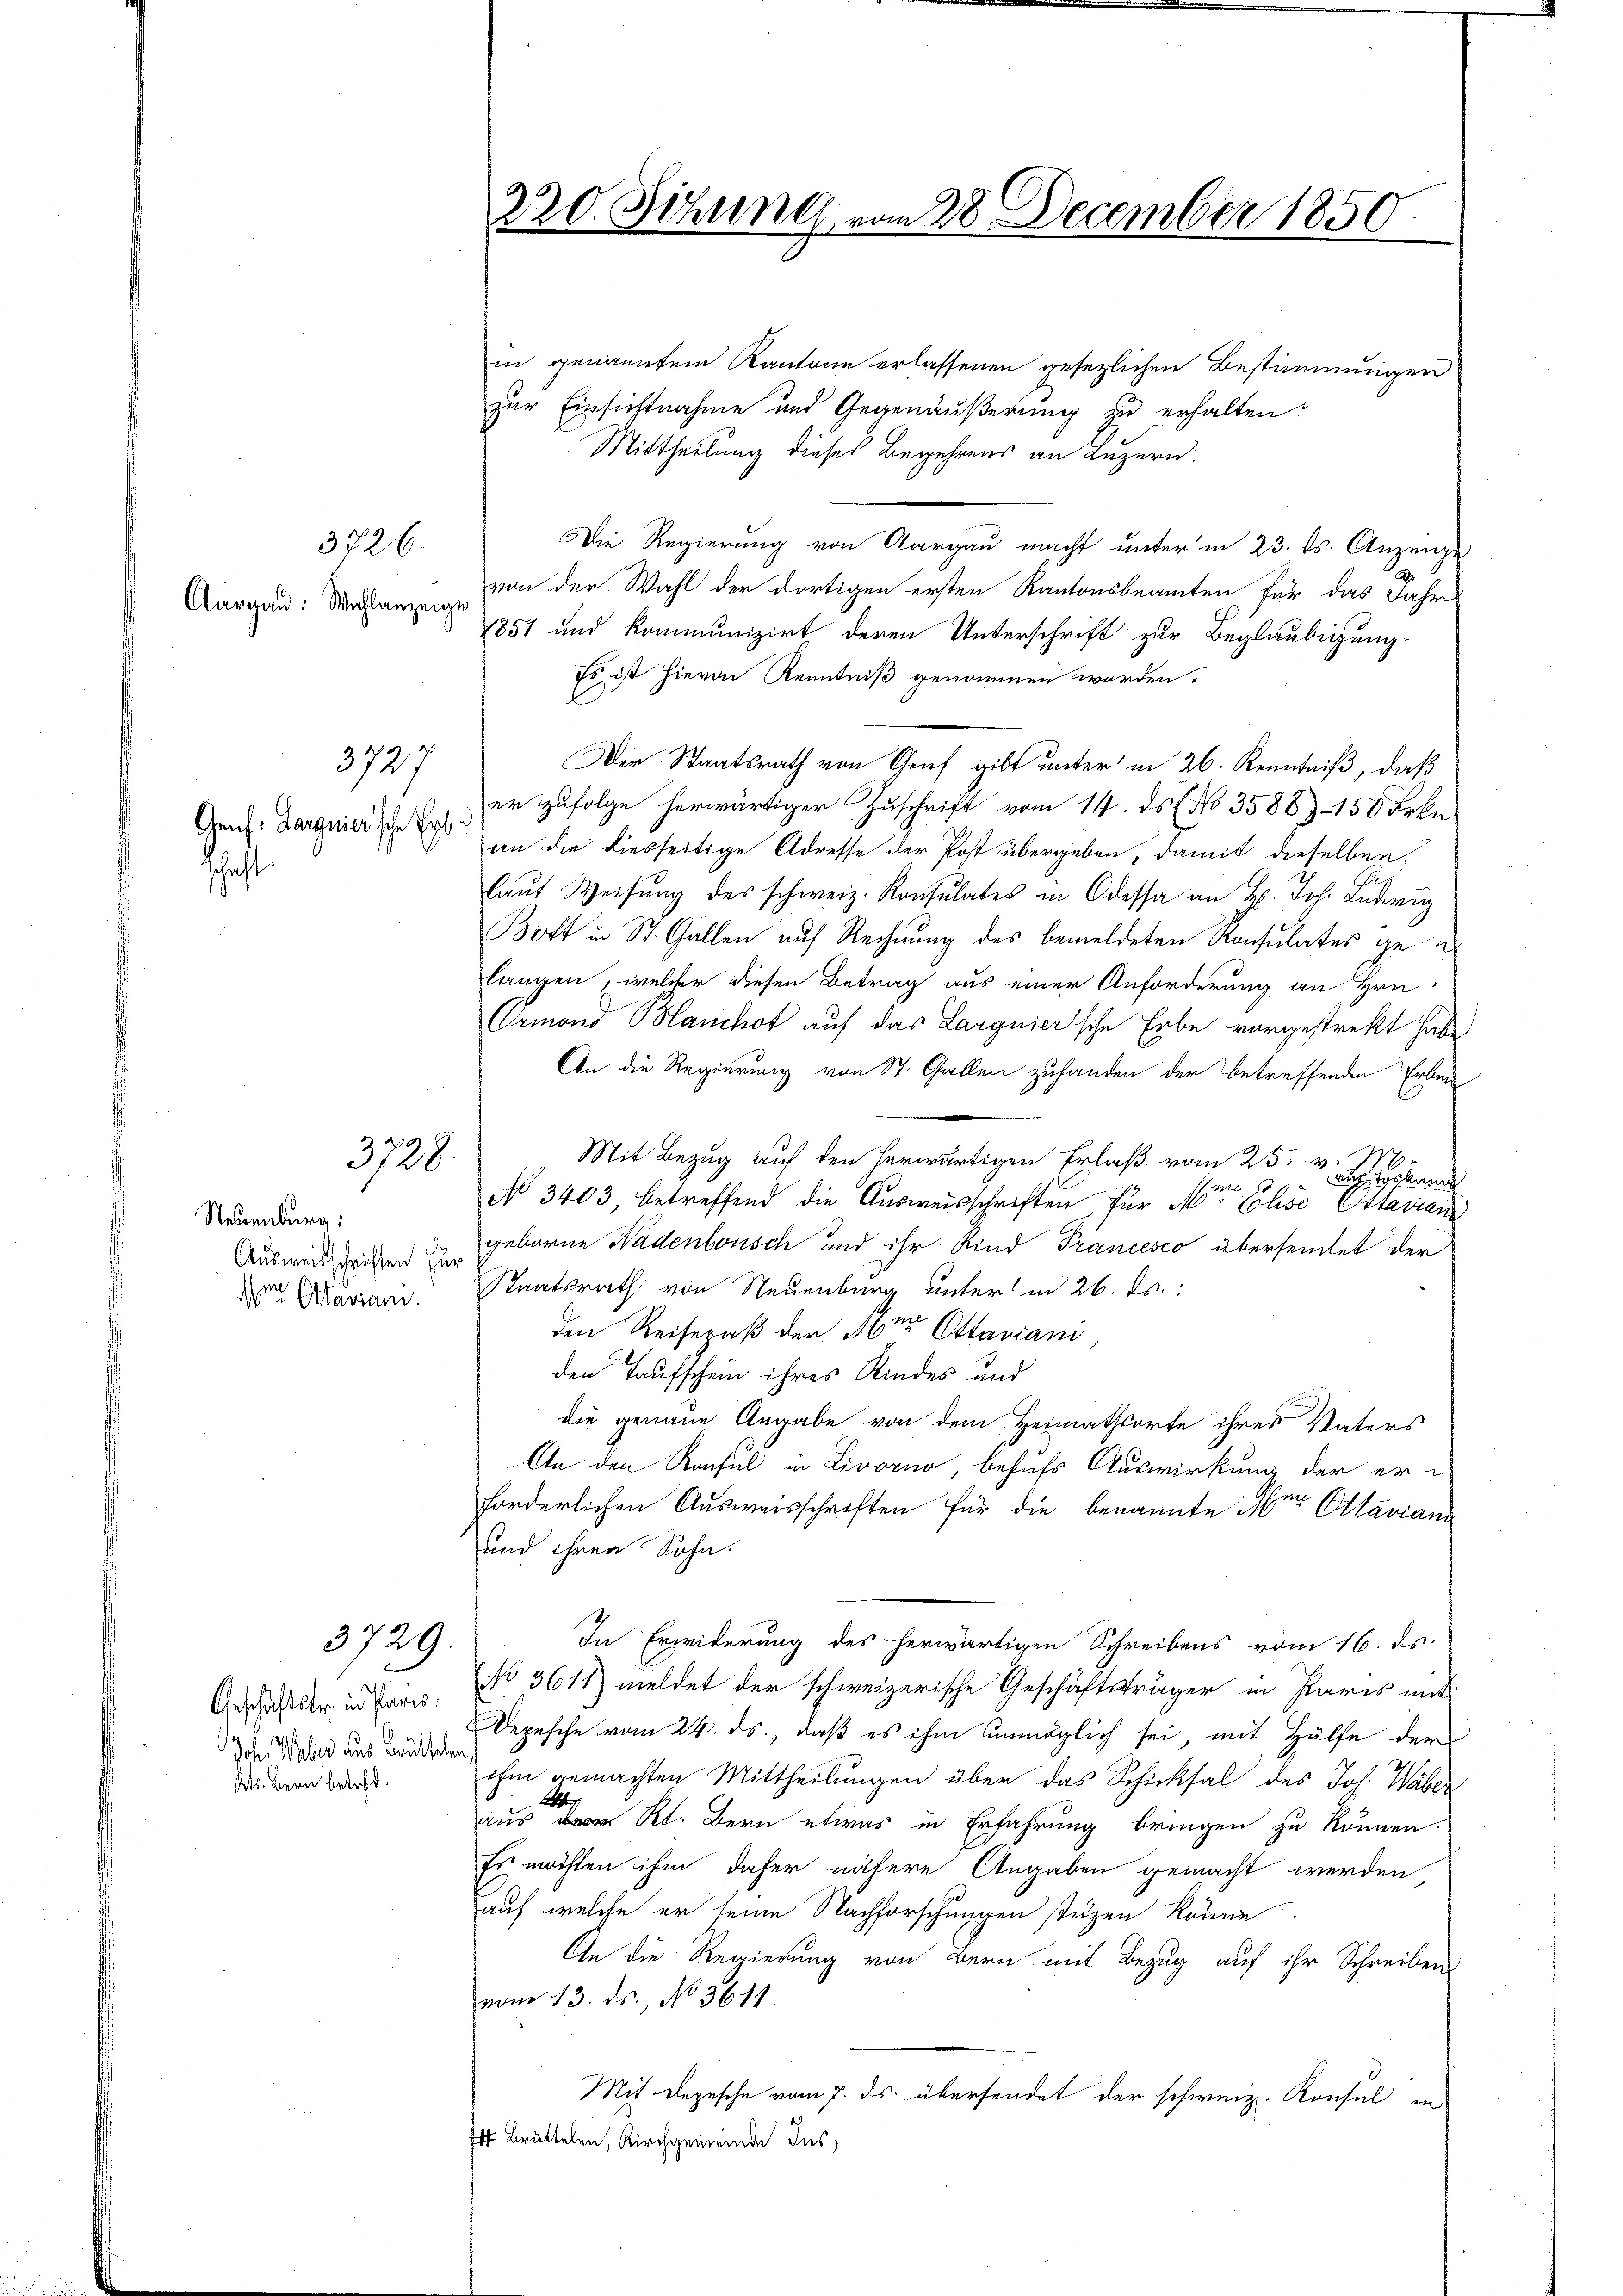
Aargau: Wahlanzeige

Genf. Larguier'sche Erb
schaft.

3726.

372

3728.

Neuenburg:
Ausweisschriften für
 Alariam

3729.

Geschäftster in Paris.
Joh. Weber aus Brüttel
Kts. Bern betret

in genanntem Kantone erlassenen gesezlichen Bestimmungen
zur Einsichtnahme und Gegenäußerung zu erhalten
Mittheilung dieses Begehrens an Luzern.
Die Regierung von Aargau macht unter in 23. ds. Anzeige
von der Wahl der dortigen ersten Kantonsbeamten für das Jahr
1851 und kommunizirt deren Unterschrift zur Beglaubigung
Es ist hievon Kenntniß genommen worden.
Der Staatsrath von Graf gibt unter in 26. Kenntniß, daß
er zufolge herwärtiger Zuschrift vom 14. ds. f. No 3588) 150 Frkn.
an die diesseitige Adresse der Post übergeben, damit dieselben,
laŭf Weisung des schweiz. Konsulates in Odessa an H. Joh. Ludwig
Bott in St. Gallen auf Rechnung des bemeldeten Konsulates gelangen, welcher diesen Betrag aus einer Anforderung an Hrn
Ormond Blanchof auf das Languier'sche Erbe vorgestrekt habe
An die Regierung von St. Gallen zufanden der betreffenden Erben
Mit Bezug auf den herwärtigen Erlaß vom 25. v. M.
ne 10 Tanzgebung
No 3403, betreffend die Ausweisschriften, für M. Chiso Ettarian
geborne Nadenbonisch und ihr Kind Francesco überseitet der
Staatsrath von Neuenburg unter in 26. ds.
den Reisepaß der Meere Ottaviani
den Taufschein ihres Kindes und
die genaue Angabe von dem Heimathsorte ihres Vaters
An den Konsul in Livorno, behufs Auswirkung der er-
forderlichen Ausweisschriften für die benannte Aber Ottavian
und ihren Sohn.
In Erwiderung des herwärtigen Schreibens vom 16. ds.
No 3611) meldet der schweizerische Geschäftsträger in Paris mit
Depesche vom 24. ds., daß es ihm unmöglich sei mit Hülfe der
a
ihm gemachten Mittheilungen über das Schicksal des Joh. Wäber
l
aus Rt. Bern etwas in Erfahrung bringen zu können.
Es möchten ihm daher nähere Angaben gemacht werden
auf welche er seine Nachforschungen stüzen könne.
An die Regierung von Bern mit Bezug auf ihr Schreibens
vom 13. ds., No 3611
Mit Depesche vom 7. ds. übersendet der schweiz. Konsul in
 Brüttelen, Kirchgemeinde Ins

220. Sitzung vom 28 December 1850.